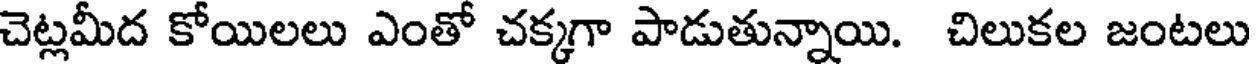
చెట్లమీద కోయిలలు ఎంతో చక్కగా పాడుతున్నాయి. చిలుకల జంటలు